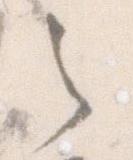
之